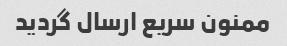
ممنون سریع ارسال گردید